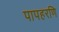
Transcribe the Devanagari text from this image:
पापहरणि